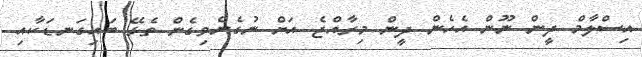
އިސްލާމް ދީން ނޫން އެހެން ދީން މިރާއްޖެ އަށް ނުގެނެވިގެން ތެޅޭ ބައިގަނޑަކާއި